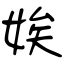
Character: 娭